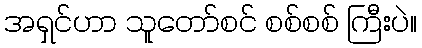
အရှင်ဟာ သူတော်စင် စစ်စစ် ကြီးပဲ။